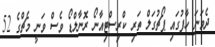
ދެވަނަ ހާފުގައި ޕޯޗުގަލް ތަރި ކްރިސްޓިއާނޯ ރޮނާލްޑޯ ވެސް ވަނީ މެޗްގެ 52